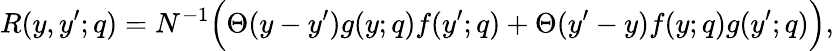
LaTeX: R(y,y^{\prime};q)=N^{-1}\Big(\Theta(y-y^{\prime})g(y;q)f(y^{\prime};q)+\Theta(y^{\prime}-y)f(y;q)g(y^{\prime};q)\Big),